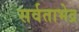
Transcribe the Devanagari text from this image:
सर्वताभेद्र